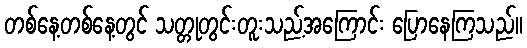
တစ်နေ့တစ်နေ့တွင် သတ္တုတွင်းတူးသည့်အကြောင်း ပြောနေကြသည်။